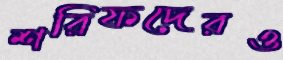
শরিফদেরও